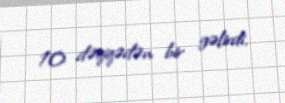
10 dəqiqədən bir gəlirdi.